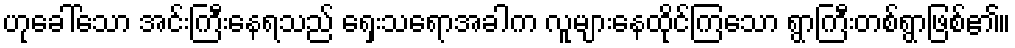
ဟုခေါ်သော အင်းကြီးနေရသည် ရှေးသရောအခါက လူများနေထိုင်ကြသော ရွာကြီးတစ်ရွာဖြစ်၏။